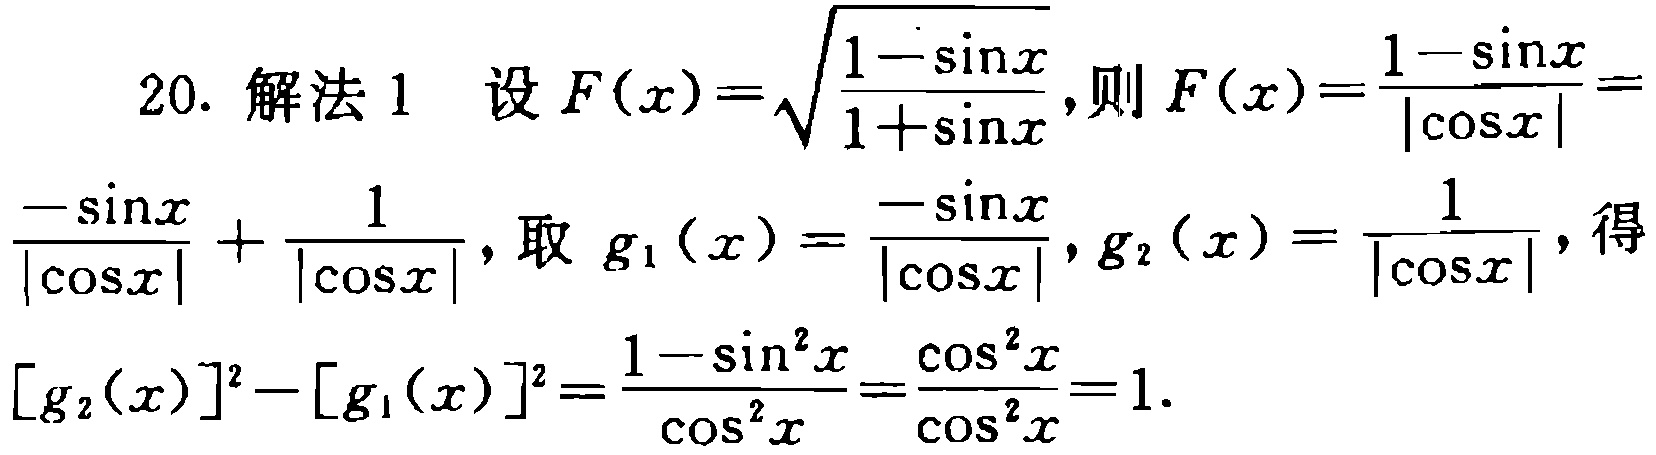
20. 解法 1 设 \(F(x)=\sqrt{\frac{1 - \sin x}{1 + \sin x}}\),则 \(F(x)=\frac{1 - \sin x}{|\cos x|}=\frac{-\sin x}{|\cos x|}+\frac{1}{|\cos x|}\), 取 \(g_1(x)=\frac{-\sin x}{|\cos x|}, g_2(x)=\frac{1}{|\cos x|}\), 得

\([g_2(x)]^2 - [g_1(x)]^2=\frac{1 - \sin^2 x}{\cos^2 x}=\frac{\cos^2 x}{\cos^2 x}=1\).